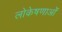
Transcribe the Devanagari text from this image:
लोकेषणाओं